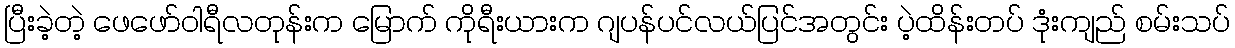
ပြီးခဲ့တဲ့ ဖေဖော်ဝါရီလတုန်းက မြောက် ကိုရီးယားက ဂျပန်ပင်လယ်ပြင်အတွင်း ပဲ့ထိန်းတပ် ဒုံးကျည် စမ်းသပ်